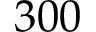
3 0 0